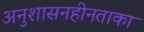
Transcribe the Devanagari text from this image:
अनुशासनहीनताका